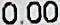
0.00